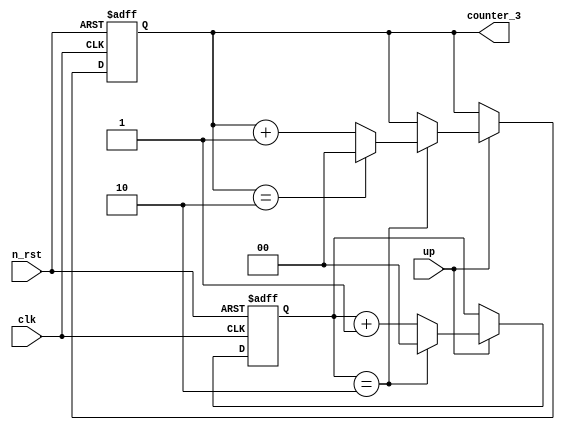

module l08_counter(
    clk,
    n_rst,
    up,
    counter_3
);

input clk;
input n_rst;
input up;

output reg [1:0] counter_3;
reg [1:0] counter_1;

wire [1:0] cnt_3;
wire [1:0] cnt_1;

assign cnt_3 = counter_3;
assign cnt_1 = counter_1;


always @(posedge clk or negedge n_rst) begin
    if (!n_rst) begin
        counter_3 <= 2'b00;
    end

    else begin // n_rst == 1'b1
        if (up == 1'b1) begin
            if (counter_1 == 2'b10) begin
                if (counter_3 == 2'b10) begin
                    counter_3 <= 2'b00;
                end

                else begin 
                    counter_3 <= counter_3 + 2'b01;
                end
            end

            else begin 
                counter_3 <= counter_3;
            end
        end

        else begin 
            counter_3 <= counter_3;
        end
        
    end
end

always @(posedge clk or negedge n_rst) begin
    if (!n_rst) begin
        counter_1 <= 2'b00;
    end

    else begin // n_rst == 1'b1
        if (up == 1'b1) begin
            if (counter_1 == 2'b10) begin
                counter_1 <= 2'b00;    
            end

            else begin // counter_1 = 2'b00, 2'b01, 2'b11
                counter_1 <= counter_1 + 2'b01;
            end
        end

        else begin 
            counter_1 <= counter_1;
        end
        
    end
end

endmodule




/*

// 
always @(posedge clk or negedge n_rst) begin
    if (!n_rst) begin
        counter_3 <= 2'b00;
        counter_1 <= 2'b00;
    end

    else begin // n_rst == 1'b1
        if (up == 1'b1) begin
            if (counter_1 == 2'b10) begin
                if (counter_3 == 2'b10) begin
                    counter_3 <= 2'b00;
                    counter_1 <= 2'b00;
                end

                else begin 
                    counter_3 <= counter_3 + 2'b01;
                    counter_1 <= 2'b00;
                end
            end

            else begin 

                counter_3 <= counter_3;
                counter_1 <= counter_1 + 2'b01;
            end
        end

        else begin 
            counter_3 <= counter_3;
            counter_1 <= counter_1;
        end
        
    end
end
*/

/*
//  
module l08_counter(
    clk,
    n_rst,
    up,
    counter_1,
    counter_3
);
input clk;
input n_rst;
input up;

output [1:0] counter_1;
output [1:0] counter_3;

reg [1:0] cnt_1;
reg [1:0] cnt_3;

always @(posedge clk or negedge n_rst)
    if(!n_rst) begin
        cnt_1 <= 2'h0;
        cnt_3 <= 2'h0;
    end
    else begin
        if (up == 1'h1) begin
            if (cnt_1 == 2'h11) begin
                cnt_1 <= 2'h0;
                if (cnt_3 == 2'h11) begin
                    cnt_3 <= 2'h0;
                end

                else begin 
                    cnt_3 <= cnt_3 + 2'h1;
                end
            end
        end
        else begin 
            cnt_1 <= cnt_1 + 2'h1;             
        end
    end

assign counter_1 = cnt_1;
assign counter_3 = cnt_3;

endmodule
*/